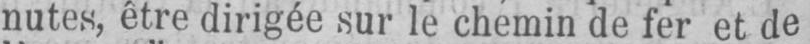
nutes, être dirigée sur le chemin de fer et de